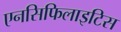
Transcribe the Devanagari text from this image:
एनसिफिलाइटिस